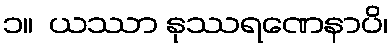
၁။  ယဿာ နုဿရဏေနာပိ၊